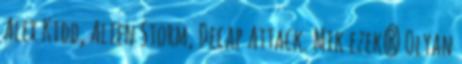
Alex Kidd, Alien Storm, Decap Attack. Mik ezek? Olyan